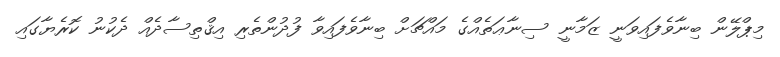
މިޕްލޭން ބިނާވެފައިވަނީ ޒަމާނީ ސިނާޢަތެއްގެ މައްޗަށް ބިނާވެފައިވާ ފުދުންތެރި އިޤްތިސާދެއް ދެކުނު ކޮރެޔާގައި